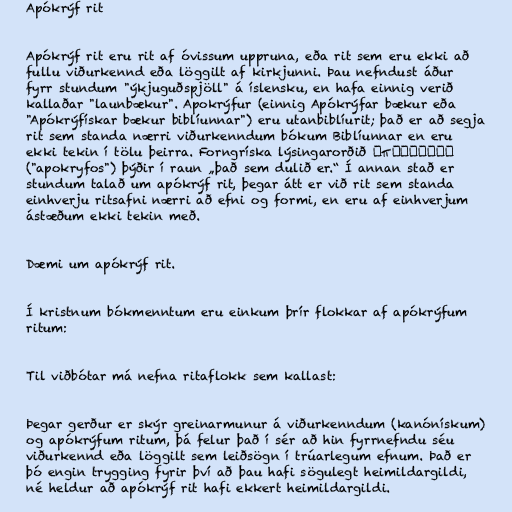
Apókrýf rit

Apókrýf rit eru rit af óvissum uppruna, eða rit sem eru ekki að
fullu viðurkennd eða löggilt af kirkjunni. Þau nefndust áður
fyrr stundum "ýkjuguðspjöll" á íslensku, en hafa einnig verið
kallaðar "launbækur". Apokrýfur (einnig Apókrýfar bækur eða
"Apókrýfískar bækur biblíunnar") eru utanbiblíurit; það er að segja
rit sem standa nærri viðurkenndum bókum Biblíunnar en eru
ekki tekin í tölu þeirra. Forngríska lýsingarorðið ἀπόκρυφος
("apokryfos") þýðir í raun „það sem dulið er.“ Í annan stað er
stundum talað um apókrýf rit, þegar átt er við rit sem standa
einhverju ritsafni nærri að efni og formi, en eru af einhverjum
ástæðum ekki tekin með.

Dæmi um apókrýf rit.

Í kristnum bókmenntum eru einkum þrír flokkar af apókrýfum
ritum:

Til viðbótar má nefna ritaflokk sem kallast:

Þegar gerður er skýr greinarmunur á viðurkenndum (kanónískum)
og apókrýfum ritum, þá felur það í sér að hin fyrrnefndu séu
viðurkennd eða löggilt sem leiðsögn í trúarlegum efnum. Það er
þó engin trygging fyrir því að þau hafi sögulegt heimildargildi,
né heldur að apókrýf rit hafi ekkert heimildargildi.